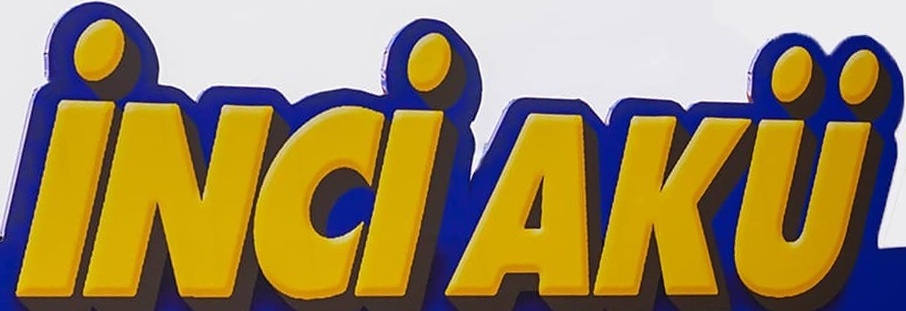
inciaku